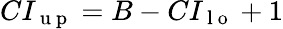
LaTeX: CI_{\mathrm{~u~p~}}=B-CI_{\mathrm{~l~o~}}+1